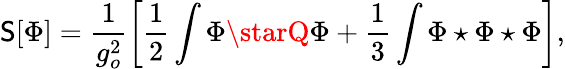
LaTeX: \mathsf{S}[\Phi]=\frac{{1}}{{g_{o}^{2}}}\left[\frac{1}{2}\int\Phi\starQ\Phi+\frac{1}{3}\int\Phi\star\Phi\star\Phi\right],